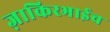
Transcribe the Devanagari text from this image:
ज़ाकिरभाईच